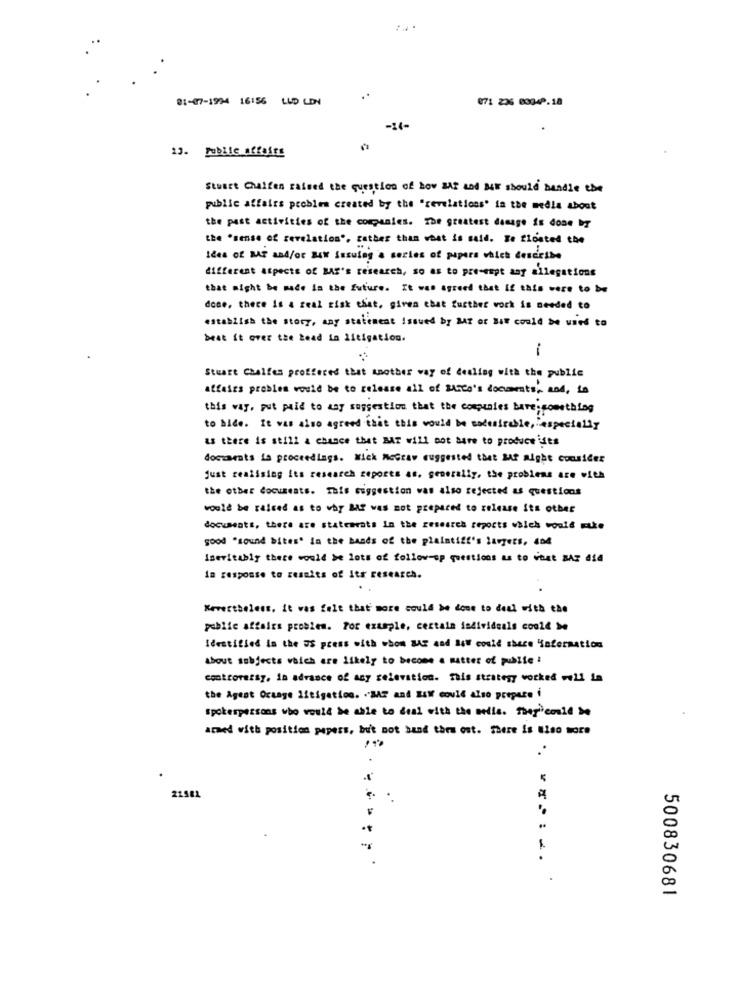
01-07-1994 16156 LUD LDN
071 206 0004P.18
-14-
13. Public affairs
Stuart Chalfen raised the question of how MAT and MW should handle the
public affairs problem created by the "revelations' in the medla about
the past activities of the companies. The greatest dosage is done by
the "sense of revelation", rather than what is said. Te floated the
ides of ME and/or NEW Issuing a series of papers which describe
different Aspects of BAS's research, so as to pre-empt any allegations
that might be made In the future. It was agreed that If this were to be
dose, there is a real risk chat, given chat further work is needed to
establish the story, any statement Issued by MAT or Bit could be used to
beat it over the Lead in litigation.
-
Stuart Chalfes proffered that another way of dealing with the public
affairs problem would be to release all of BASco's docarats, and, fa
this way, gut paid to any suggestion that the companies have something
to hide. It was also agreed that this would be madesirable, especially
as there is still a chance that MAT will not have to produceists
documents la proceedings. Wick McGraw suggested that SAf Right consider
Just realising its research reports as. generally, the problems are with
the other documents. This suggestion was also rejected as questions
would be ralced as to why BAT was not prepared to release its other
documents, there are statements in the research reports which would make
good "sound bites" in the hands of the plaintiff's harpers, and
Inevitably there would be lots of follow-up questions as to what SAP die
In response to results of its research.
Nevertheless. it was felt that more could be done to deal with the
public affairs problem. For example, certain individuals could be
Identified in the US press with whom BAC and 34W could shece "information
about subjects which are likely to become a matter of public !
controversy, in advance of asy zelevation. This strategy worked -21 la
the Agent Ocuage litigation. . BAT and SAW could also prepare i
spokerpersons who would be able to deal with the bells. They could be
armed with position papers, but not band them out. There is Miso more
..
21581
......
500830681